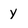
Character: y